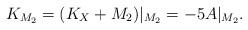
LaTeX: \begin{align*}K_{M_2}=(K_X+M_2) |_{M_2}=-5A|_{M_2}.\end{align*}